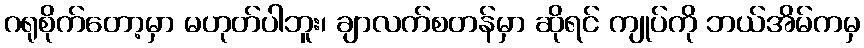
ဂရုစိုက်တော့မှာ မဟုတ်ပါဘူး၊ ချာလက်စတန်မှာ ဆိုရင် ကျုပ်ကို ဘယ်အိမ်ကမှ